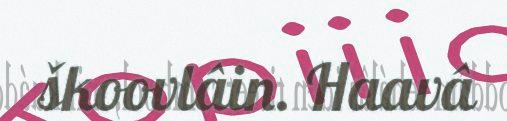
škoovlâin. Haavâ